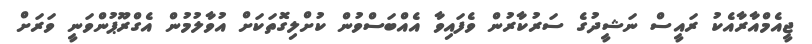
ޖީއެމްއާރާއެކު ރައީސް ނަޝީދުގެ ސަރުކާރުން ވެފައިވާ އެއްބަސްވުން ކުށްލިގޮތަކަށް އުވާލުމުން އެގްރޫޕުންވަނީ ވަރަށް